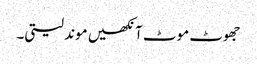
جھوٹ موٹ آنکھیں موند لیتی۔